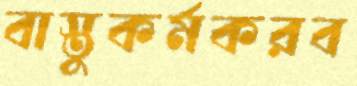
বাস্তুকর্মকরব